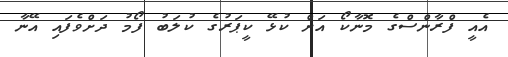
އެއީ ފްރާންސްގެ މޮނާކޯ އަށް ކުޅޭ ކީޕަރުގެ ކުލަބު ފޯމު ދަށްވެފައި އޭނާ